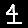
Digit: 4